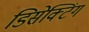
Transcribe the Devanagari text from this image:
डिसेक्टिंग